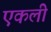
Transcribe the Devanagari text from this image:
एकली